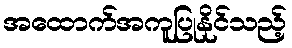
အထောက်အကူပြုနိုင်သည့်